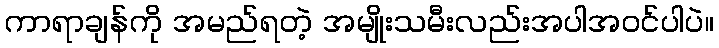
ကာရာချန်ကို အမည်ရတဲ့ အမျိုးသမီးလည်းအပါအဝင်ပါပဲ။